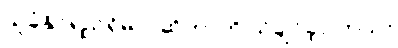
သူခံနိုင်ရည်ရှိမလဲဆိုတာကို သိချင်ခဲ့ပါတယ်။